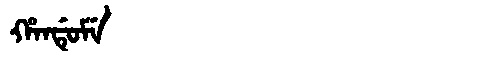
Manchu: ᡥᠠᠨᡩᡠᠮᡝ
Romanization: HANDUME